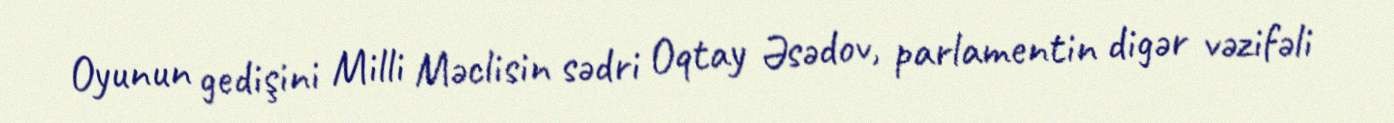
Oyunun gedişini Milli Məclisin sədri Oqtay Əsədov, parlamentin digər vəzifəli